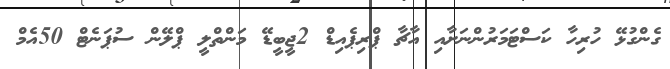
ގެންގުޅޭ ހުރިހާ ކަސްޓަމަރުންނަށާއި އާޗާ ޕްރިޕެއިޑް 2ޖީބީޑޭ މަންތްލީ ޕްލޭން ސުޕަނެޓް 50އެމް